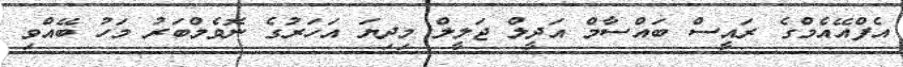
އެފްއޭއެމްގެ ރައީސް ބައްސާމް އަދީލް ޖަލީލް މިދިޔަ އަހަރުގެ ނޮވެމްބަރު މަހު ބޭއްވި